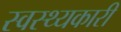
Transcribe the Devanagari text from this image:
स्वस्थ्यकारी